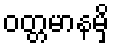
ဝတ္တမာနမှိ